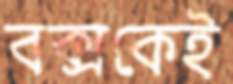
বক্সকেই